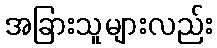
အခြားသူများလည်း